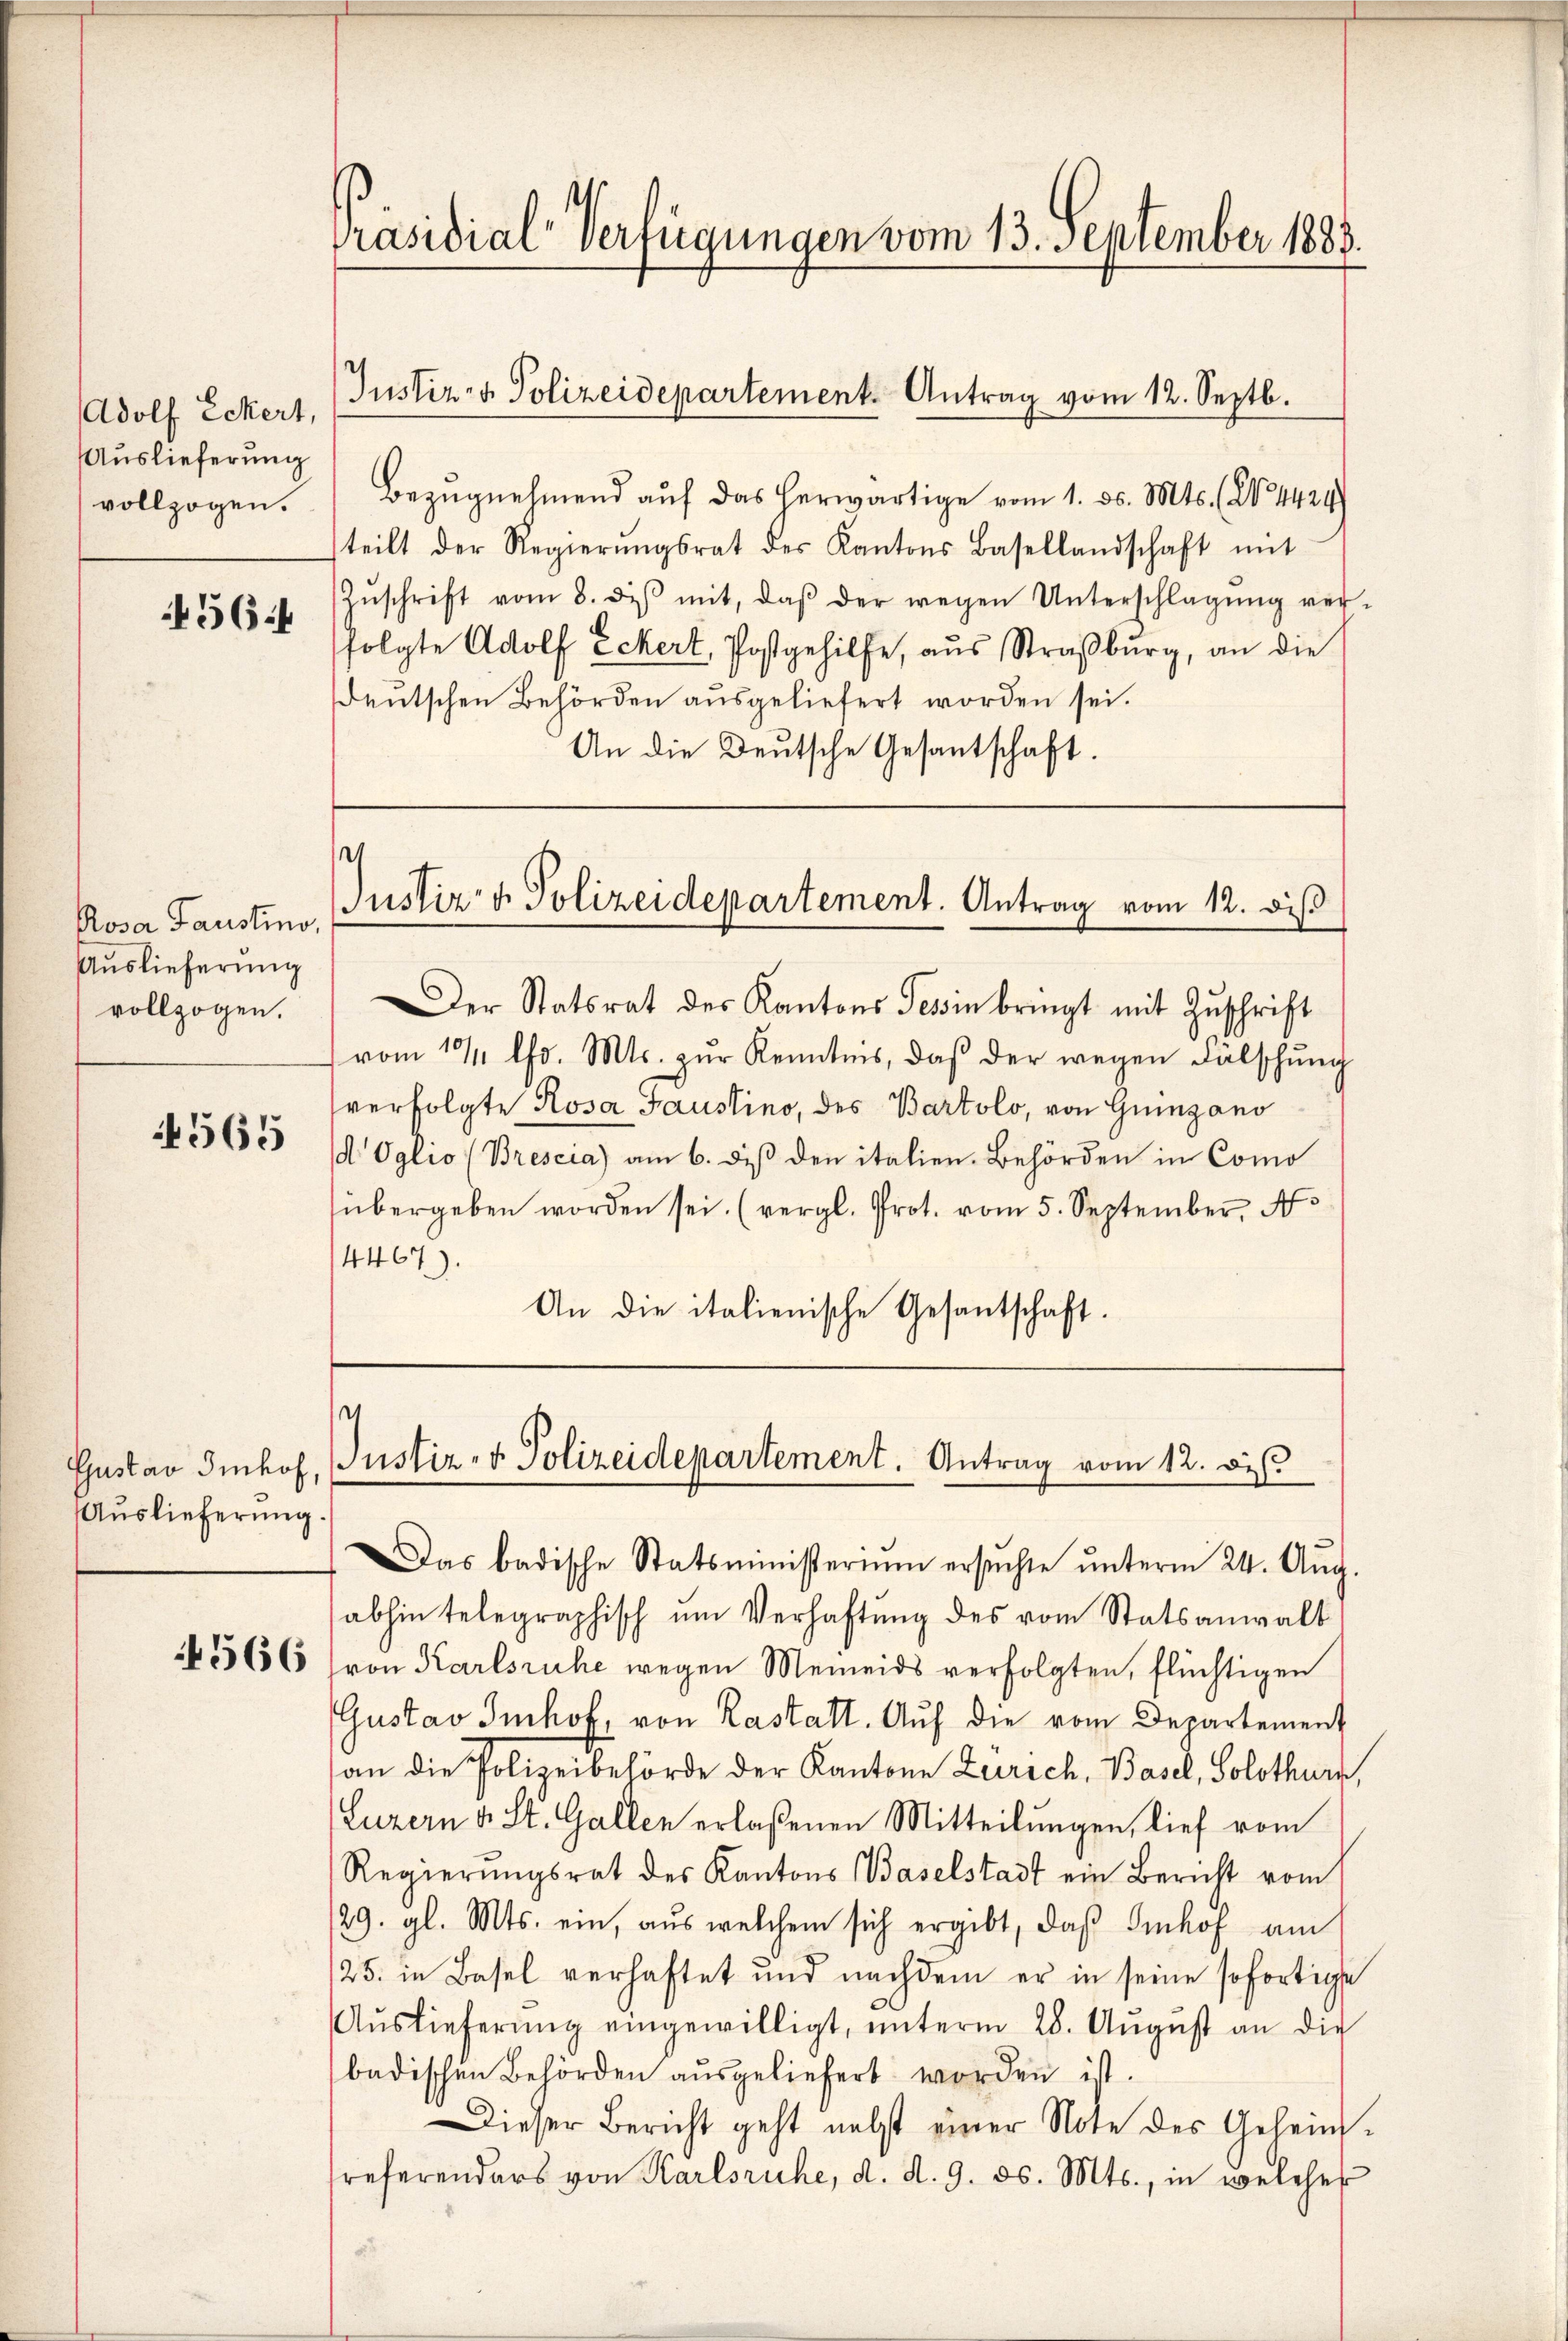
Adolf Eckert,
Auslieferung
vollzogen.

4564

Rosa Faustino,
Auslieferung
vollzogen.

4565

Auslieferung.

4566

Präsidial-Verfügungen vom 13. September 1888.

Bezugnehmend auf das herwärtige vom 1. ds. Mts. (N. 4424
steilt der Regierŭngsrat des Kantons Basellandschaft mit
Zŭschrift vom 8. diβ mit, daβ der wegen Unterschlagŭng ver-
folgte Adolf Eckert, Postgehilfe, aŭs Straßburg, an die
deŭtschen Behörden aŭsgeliefert worden sei.
An die Deutsche Gesantschaft.

Justiz- & Polizeidepartement. Antrag vom 12. Septb.

¬
Justiz & Polizeidepartement. Antrag vom 12. diß

Der Statsrat des Kantons Tessin bringt mit Zŭschrift
vom 13. lfd. Mts. zŭr Kenntnis, daβ der wegen Fälschŭng
verfolgte Rosa Faustino, des Bartolo, von Guingano
d Oglio (Brescia) am 6. diβ den italien. Behörden in Como
übergeben worden sei. (vergl. Prot. vom 5. September, A
4467).
An die italienische Gesantschaft.

Das badische Statsministerium ersŭchte ŭnterm 24. Aŭg.
abhin telegraphisch ŭm Verhaftung des vom Statsanwalt
von Karlsruhe wegen Meineids verfolgten, flüchtigen
Gustav Imhof, von Kastatt. Auf die vom Departement
an die Polizeibehörde der Kantone Zürich, Basel, Solothurn,
Luzern v. St. Gallen erlaßenen Mitteilungen, lief vom
Regierŭngsrat des Kantons Baselstadt ein Bericht vom
/29. gl. Mts. ein, aus welchem sich ergibt, daß Imhof am
/25. in Basel verhaftet und nachdem er in seine sofortige
Aŭslieferŭng eingewilligt, ŭnterm 28. Aŭgŭst an die
badischen Behörden aŭsgeliefert worden ist.
Dieser Bericht geht nebst einer Note des Geheinreferenders von Karlsruhe, d. d. 9. ds. Mts., in welches

¬
Gustav Imhof, Justiz- & Polizeidepartement. Antrag vom 12. di